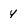
Character: y